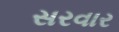
સરવાર